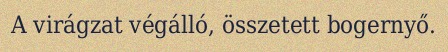
A virágzat végálló, összetett bogernyő.